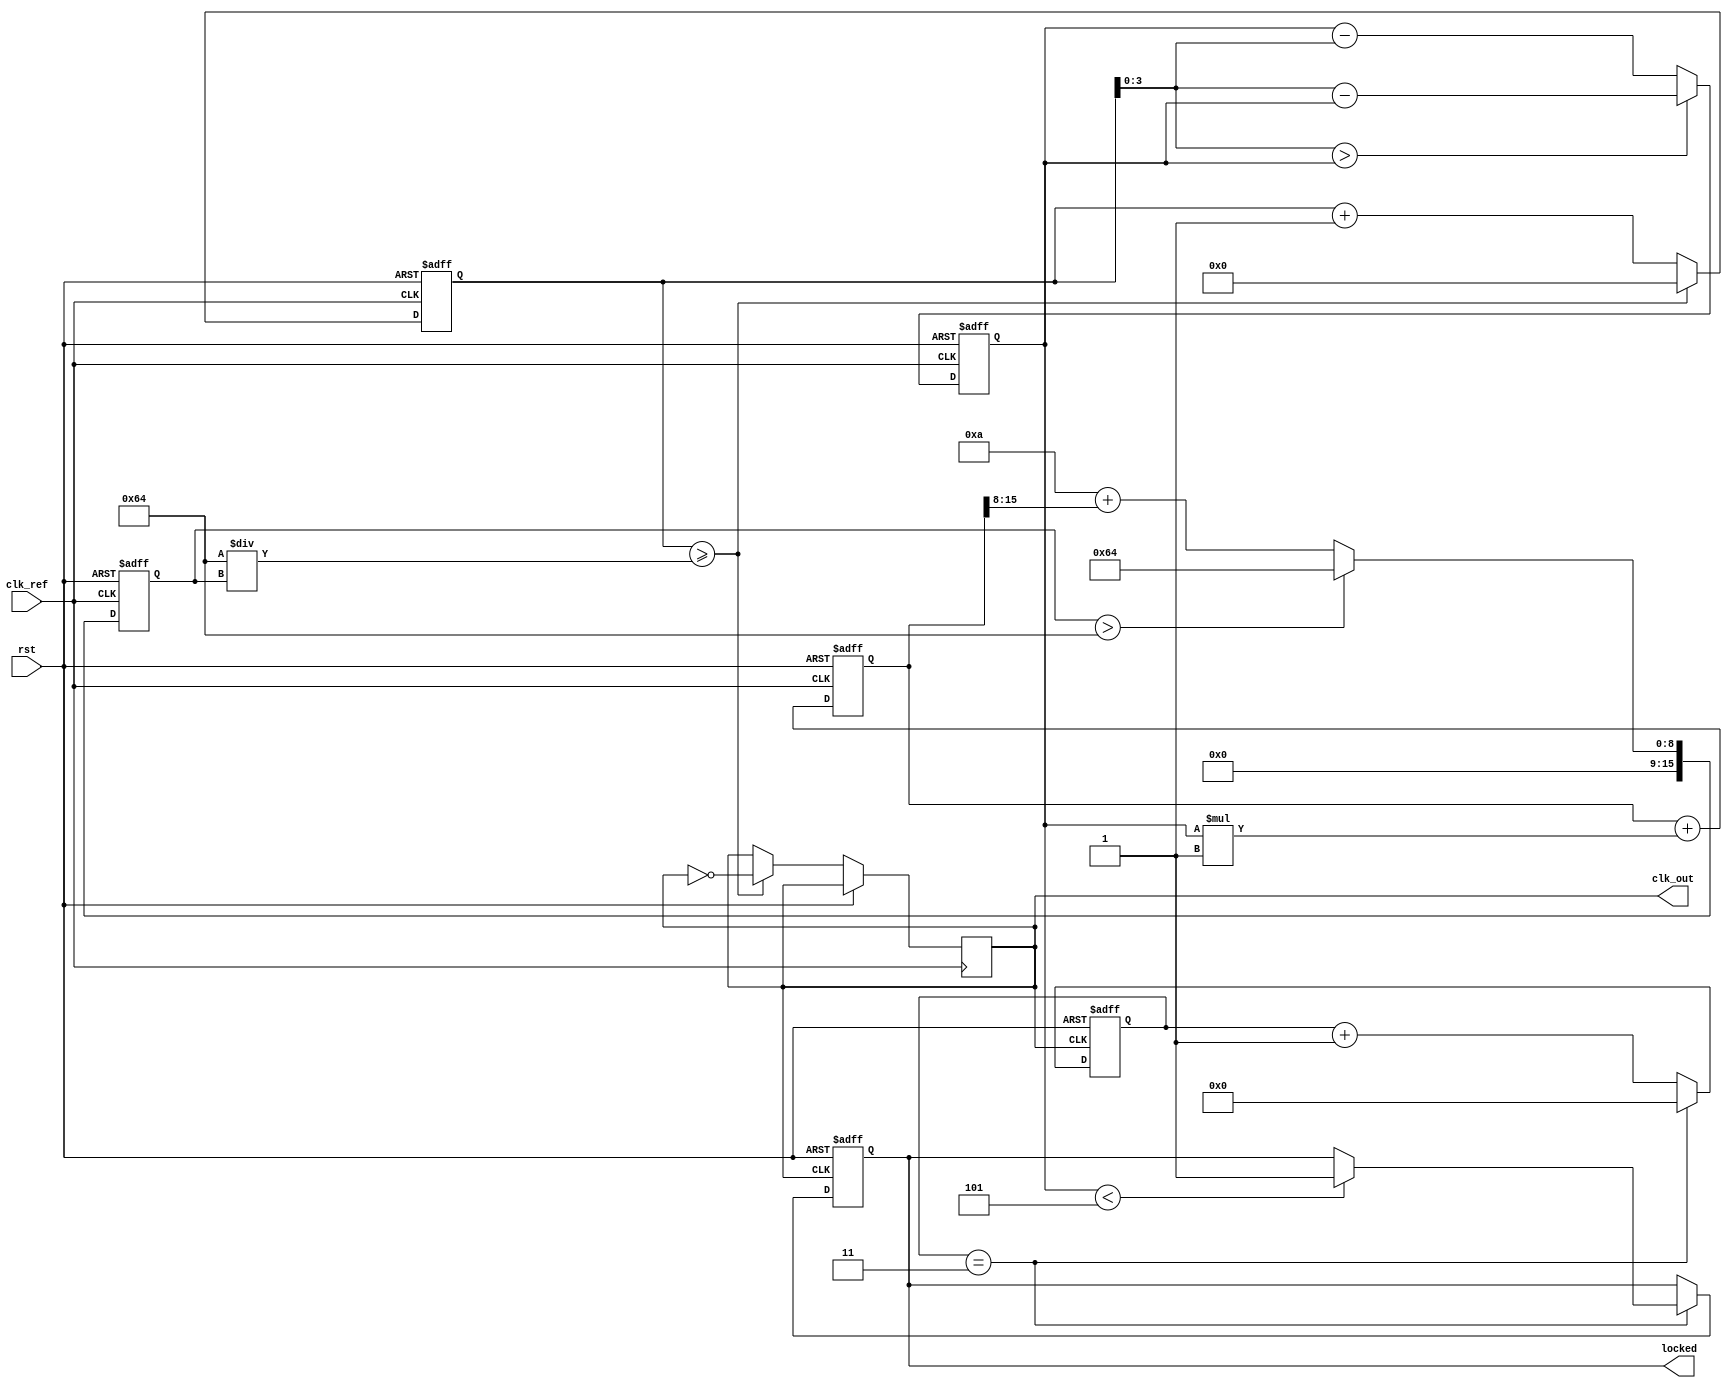
module pll_type2 (
    input wire clk_ref,        // Reference clock input
    input wire rst,            // Reset signal
    output wire clk_out,       // Output clock from VCO
    output wire locked         // Lock indicator
);

    // Parameters
    parameter N = 4;           // Division factor for feedback
    parameter VCO_MAX_FREQ = 100; // Max frequency of VCO in MHz
    parameter VCO_MIN_FREQ = 10;  // Min frequency of VCO in MHz
    parameter LOOP_FILTER_GAIN = 1; // Gain for the loop filter

    // Internal signals
    reg [7:0] phase_err;       // Phase error signal
    reg [15:0] control_voltage; // Control voltage for VCO
    reg [15:0] vco_freq;        // Current VCO frequency
    reg [15:0] vco_counter;      // Counter for VCO output
    reg [7:0] feedback;         // Feedback signal
    reg locked_reg;             // Lock status

    // Phase Detector (PD)
    always @(posedge clk_ref or posedge rst) begin
        if (rst) begin
            phase_err <= 0;
        end else begin
            feedback = vco_counter[N-1:0]; // Get the feedback signal
            if (feedback > phase_err) begin
                phase_err <= feedback - phase_err; // Phase error calculation
            end else begin
                phase_err <= phase_err - feedback; // Phase error calculation
            end
        end
    end

    // Loop Filter (LF) - Simple first-order approximation
    always @(posedge clk_ref or posedge rst) begin
        if (rst) begin
            control_voltage <= 0;
        end else begin
            control_voltage <= control_voltage + (phase_err * LOOP_FILTER_GAIN);
        end
    end

    // Voltage-Controlled Oscillator (VCO)
    always @(posedge clk_ref or posedge rst) begin
        if (rst) begin
            vco_freq <= VCO_MIN_FREQ; // Start at min frequency
            vco_counter <= 0;
        end else begin
            // Control VCO frequency based on control voltage
            vco_freq <= VCO_MIN_FREQ + (control_voltage >> 8); // Simple linear relation
            if (vco_freq > VCO_MAX_FREQ) begin
                vco_freq <= VCO_MAX_FREQ; // Clamp to max frequency
            end
            // VCO output generation
            vco_counter <= vco_counter + 1;
            if (vco_counter >= (100 / vco_freq)) begin
                clk_out <= ~clk_out; // Generate output clock
                vco_counter <= 0; // Reset counter
            end
        end
    end

    // Feedback Divider (N-Divider)
    reg [N-1:0] div_counter;
    always @(posedge clk_out or posedge rst) begin
        if (rst) begin
            div_counter <= 0;
            locked_reg <= 0;
        end else begin
            if (div_counter == N-1) begin
                div_counter <= 0;
                // Check if locked condition is met
                if (phase_err < 8'd5) begin // Example threshold for lock condition
                    locked_reg <= 1; // Indicate locked
                end
            end else begin
                div_counter <= div_counter + 1;
            end
        end
    end

    assign locked = locked_reg;

endmodule